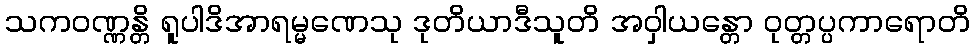
သကဝဏ္ဏန္တိ ရူပါဒိအာရမ္မဏေသု ဒုတိယာဒီသူတိ အဝှါယန္တော ဝုတ္တပ္ပကာရောတိ